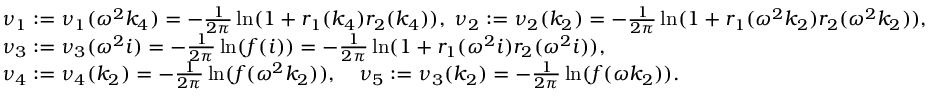
\begin{array} { r l } & { \nu _ { 1 } : = \nu _ { 1 } ( \omega ^ { 2 } k _ { 4 } ) = - \frac { 1 } { 2 \pi } \ln ( 1 + r _ { 1 } ( k _ { 4 } ) r _ { 2 } ( k _ { 4 } ) ) , \; \nu _ { 2 } : = \nu _ { 2 } ( k _ { 2 } ) = - \frac { 1 } { 2 \pi } \ln ( 1 + r _ { 1 } ( \omega ^ { 2 } k _ { 2 } ) r _ { 2 } ( \omega ^ { 2 } k _ { 2 } ) ) , } \\ & { \nu _ { 3 } : = \nu _ { 3 } ( \omega ^ { 2 } i ) = - \frac { 1 } { 2 \pi } \ln ( f ( i ) ) = - \frac { 1 } { 2 \pi } \ln ( 1 + r _ { 1 } ( \omega ^ { 2 } i ) r _ { 2 } ( \omega ^ { 2 } i ) ) , } \\ & { \nu _ { 4 } : = \nu _ { 4 } ( k _ { 2 } ) = - \frac { 1 } { 2 \pi } \ln ( f ( \omega ^ { 2 } k _ { 2 } ) ) , \quad \nu _ { 5 } : = \nu _ { 3 } ( k _ { 2 } ) = - \frac { 1 } { 2 \pi } \ln ( f ( \omega k _ { 2 } ) ) . } \end{array}